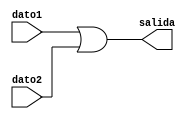
`timescale 1ns / 1ps
//////////////////////////////////////////////////////////////////////////////////
// Company: 
// Engineer: 
// 
// Design Name: 
// Module Name:    or2 
// Project Name: 
// Target Devices: 
// Tool versions: 
// Description: 
//
// Dependencies: 
//
// Revision: 
// Revision 0.01 - File Created
// Additional Comments: 
//
//////////////////////////////////////////////////////////////////////////////////
module or2(dato1,dato2,salida);
	input dato1,dato2;
	output salida;
	reg salida;
	
	always @*
		salida=dato1||dato2;

endmodule